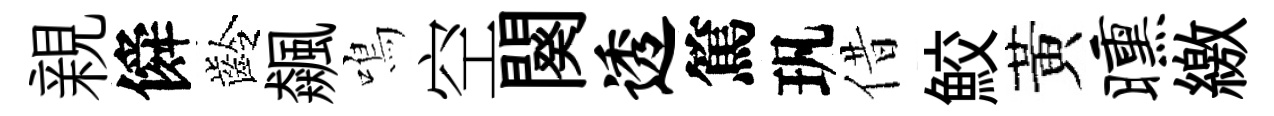
親僢齡飆鳴空闋透篤㺬借鮫黃曛繳